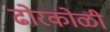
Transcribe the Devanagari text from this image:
ढोरकोळी